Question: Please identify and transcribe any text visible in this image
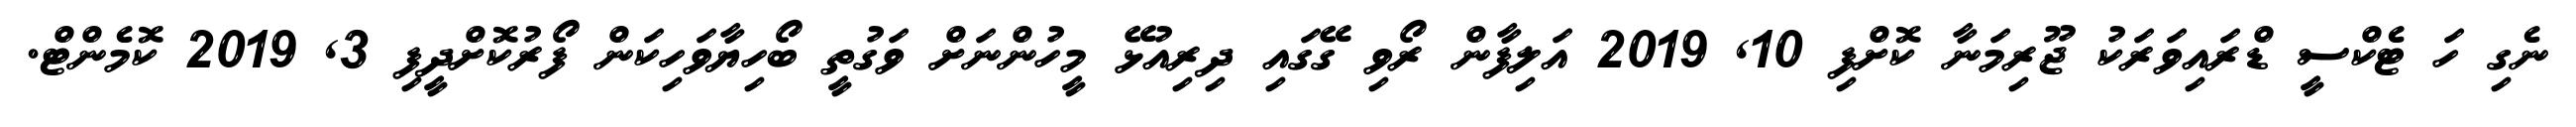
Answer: ނެގި ހަ ޓެކްސީ ޑްރައިވަރަކު ޖޫރިމަނާ ކޮށްފި 10, 2019 އަލިފާން ރޯވި ގޭގައި ދިރިއުޅޭ މީހުންނަށް ވަގުތީ ބޯހިޔާވަހިކަން ފޯރުކޮށްދީފި 3, 2019 ކޮމެންޓް.